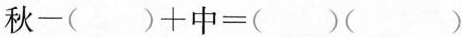
$$秋-( )+中=( )( )$$